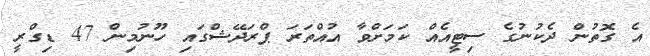
އެ ގޮތުން ދެކުނުގެ ސިޓީއެއް ކަމަށްވާ އުއްތަރަ ޕްރަދޭޝްގައި ހޫނުމިން 47 ޑިގްރީ